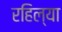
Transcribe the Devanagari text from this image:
रहिल्या